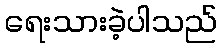
ရေးသားခဲ့ပါသည်